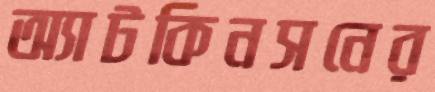
অ্যাটকিনসনের